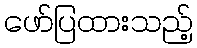
ဖော်ပြထားသည့်